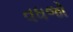
વધજો